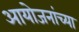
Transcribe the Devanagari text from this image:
आयोजनांच्‍या